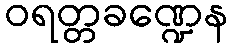
ဝရတ္တခဏ္ဍေန